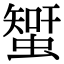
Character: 𧐉